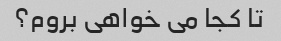
تا کجا می خواهی بروم؟